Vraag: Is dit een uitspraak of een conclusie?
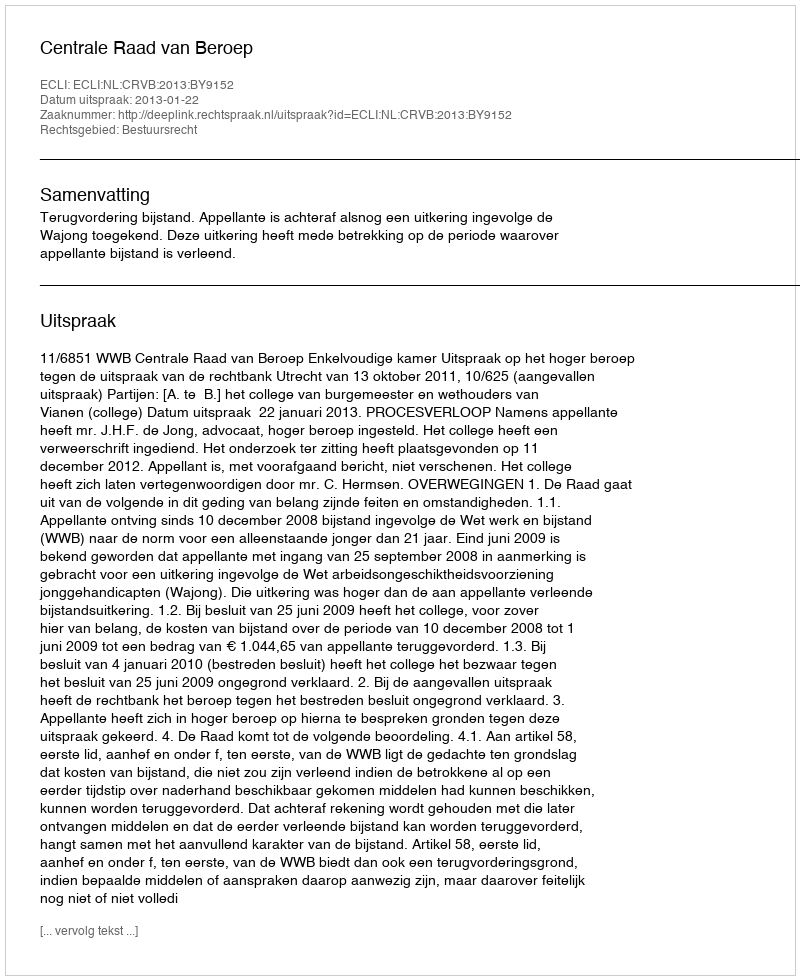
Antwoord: Uitspraak